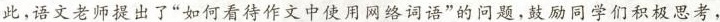
此，语文老师提出了”如何看待作文中使用网络词语”的问题，鼓励同学们积极思考，